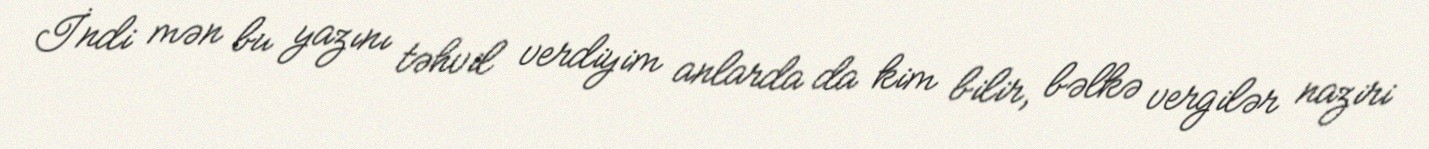
İndi mən bu yazını təhvil verdiyim anlarda da kim bilir, bəlkə vergilər naziri